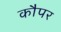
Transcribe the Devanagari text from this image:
कौपर